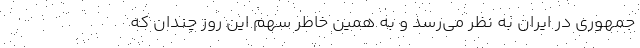
جمهوری در ایران به نظر می‌رسد و به همین خاطر سهم این روز چندان که